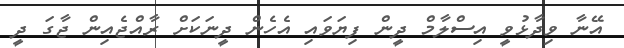
އޭނާ ވިދާޅުވީ އިސްލާމް ދީން ފިޔަވައި އެހެން ދީނަކަށް ރާއްޖެއިން ޖާގަ ދީ